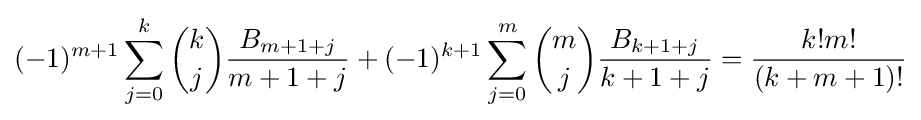
(-1)^{m+1}\sum _{j=0}^{k}{\binom {k}{j}}{\frac {B_{m+1+j}}{m+1+j}}+(-1)^{k+1}\sum _{j=0}^{m}{\binom {m}{j}}{\frac {B_{k+1+j}}{k+1+j}}={\frac {k!m!}{(k+m+1)!}}